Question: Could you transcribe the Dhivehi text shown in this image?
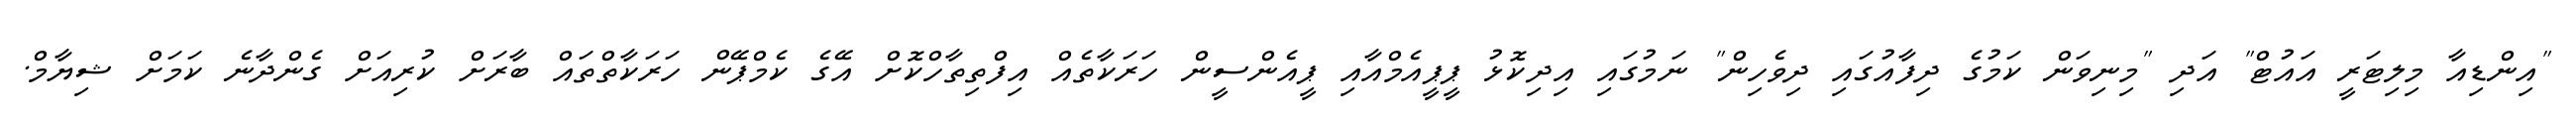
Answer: "އިންޑިއާ މިލިޓަރީ އައުޓް" އަދި "މިނިވަން ކަމުގެ ދިފާއުގައި ދިވެހިން" ނަމުގައި އިދިކޮޅު ޕީޕީއެމްއާއި ޕީއެންސީން ހަރަކާތެއް އިފްތިތާހްކޮށް އޭގެ ކެމްޕޭން ހަރަކާތްތައް ބާރަށް ކުރިއަށް ގެންދާނެ ކަމަށް ޝިޔާމް.